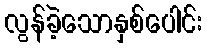
လွန်ခဲ့သောနှစ်ပေါင်း